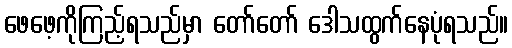
ဖေဖေ့ကိုကြည့်ရသည်မှာ တော်တော် ဒေါသထွက်နေပုံရသည်။